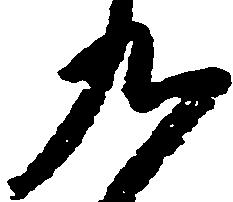
九